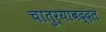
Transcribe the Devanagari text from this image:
चातुर्याबद्दल